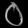
Digit: ၀